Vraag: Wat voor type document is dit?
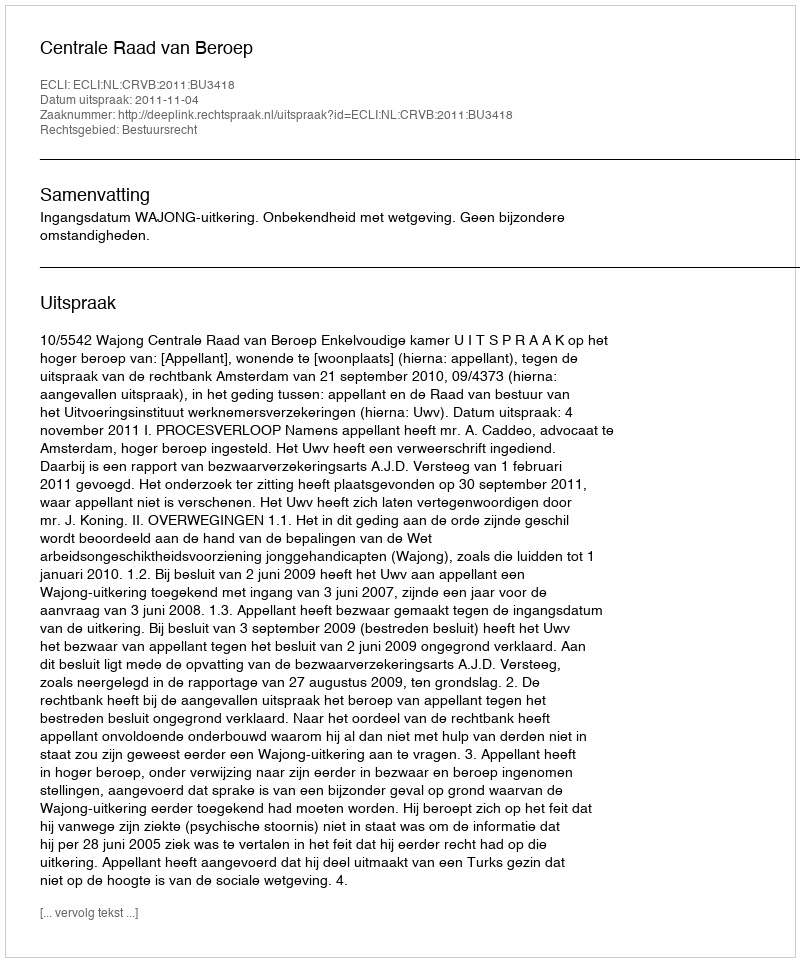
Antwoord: Uitspraak